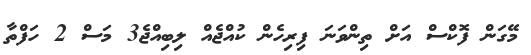
މޭގަން ފޮކްސް އަށް ތިންވަނަ ފިރިހެން ކުއްޖެއް ލިބިއްޖެ3 މަސް 2 ހަފްތާ